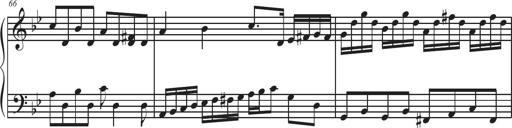
Title: Sonatina Espania
Composer: Jerald Franklin Archer
Key: Various